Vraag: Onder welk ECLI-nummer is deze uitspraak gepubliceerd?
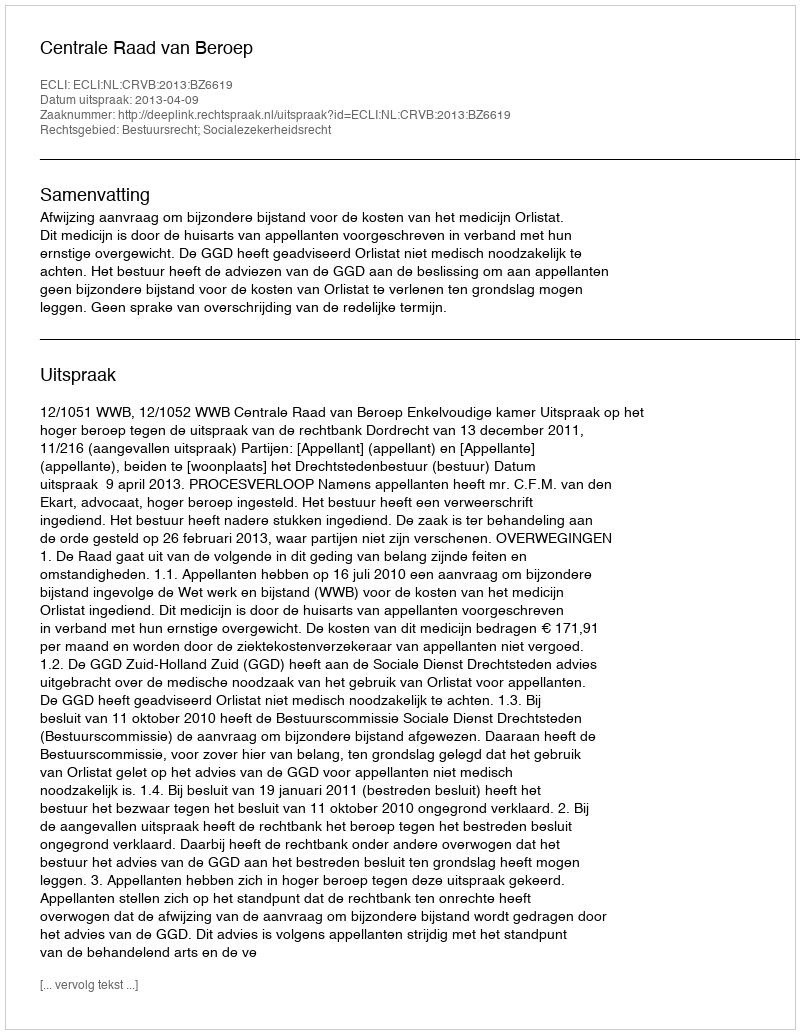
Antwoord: ECLI:NL:CRVB:2013:BZ6619